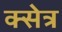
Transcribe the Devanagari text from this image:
क्सेत्र